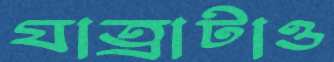
যাত্রাটাও